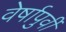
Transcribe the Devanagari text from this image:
वेर्षापुर्वी